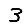
Digit: 3